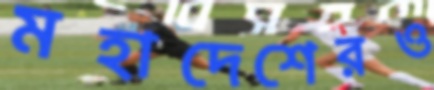
মহাদেশেরও